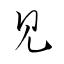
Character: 見